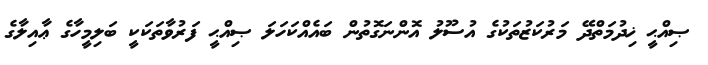
ޞިއްޙީ ޚިދުމަތްދޭ މަރުކަޒުތަކުގެ އުސޫލު އޮންނަގޮތުން ބައެއްކަހަލަ ޞިއްޙީ ފަރުވާތަކަކީ ބަލިމީހާގެ ޢާއިލާގެ